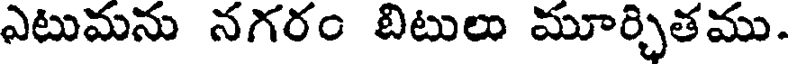
ఎటుమను నగరం బిటులు మూర్చితము.